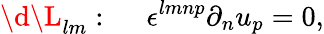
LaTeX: \d\L_{lm}:~~~~~\epsilon^{lmnp}\partial_{n}u_{p}=0,